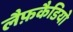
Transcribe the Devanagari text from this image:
लैफ़कैडियो